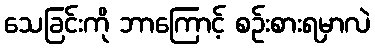
သေခြင်းကို ဘာကြောင့် စဉ်းစားရမှာလဲ